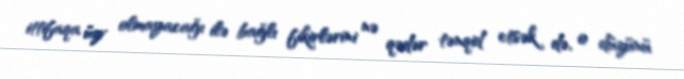
ittifaqa üzv olmayacağı ilə bağlı fikirlərini nə qədər tənqid etsək də, o düzünü